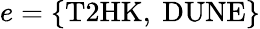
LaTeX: e=\{ \mathrm{T2HK},~\mathrm{DUNE}\}